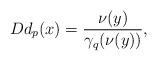
LaTeX: \begin{align*}Dd_{p}(x)=\frac{\nu(y)}{\gamma_{q}(\nu(y))},\end{align*}